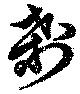
刹